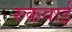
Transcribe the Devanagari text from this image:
रुकवाई